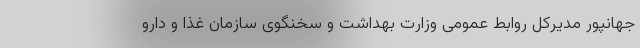
جهانپور مدیرکل روابط عمومی وزارت بهداشت و سخنگوی سازمان غذا و دارو